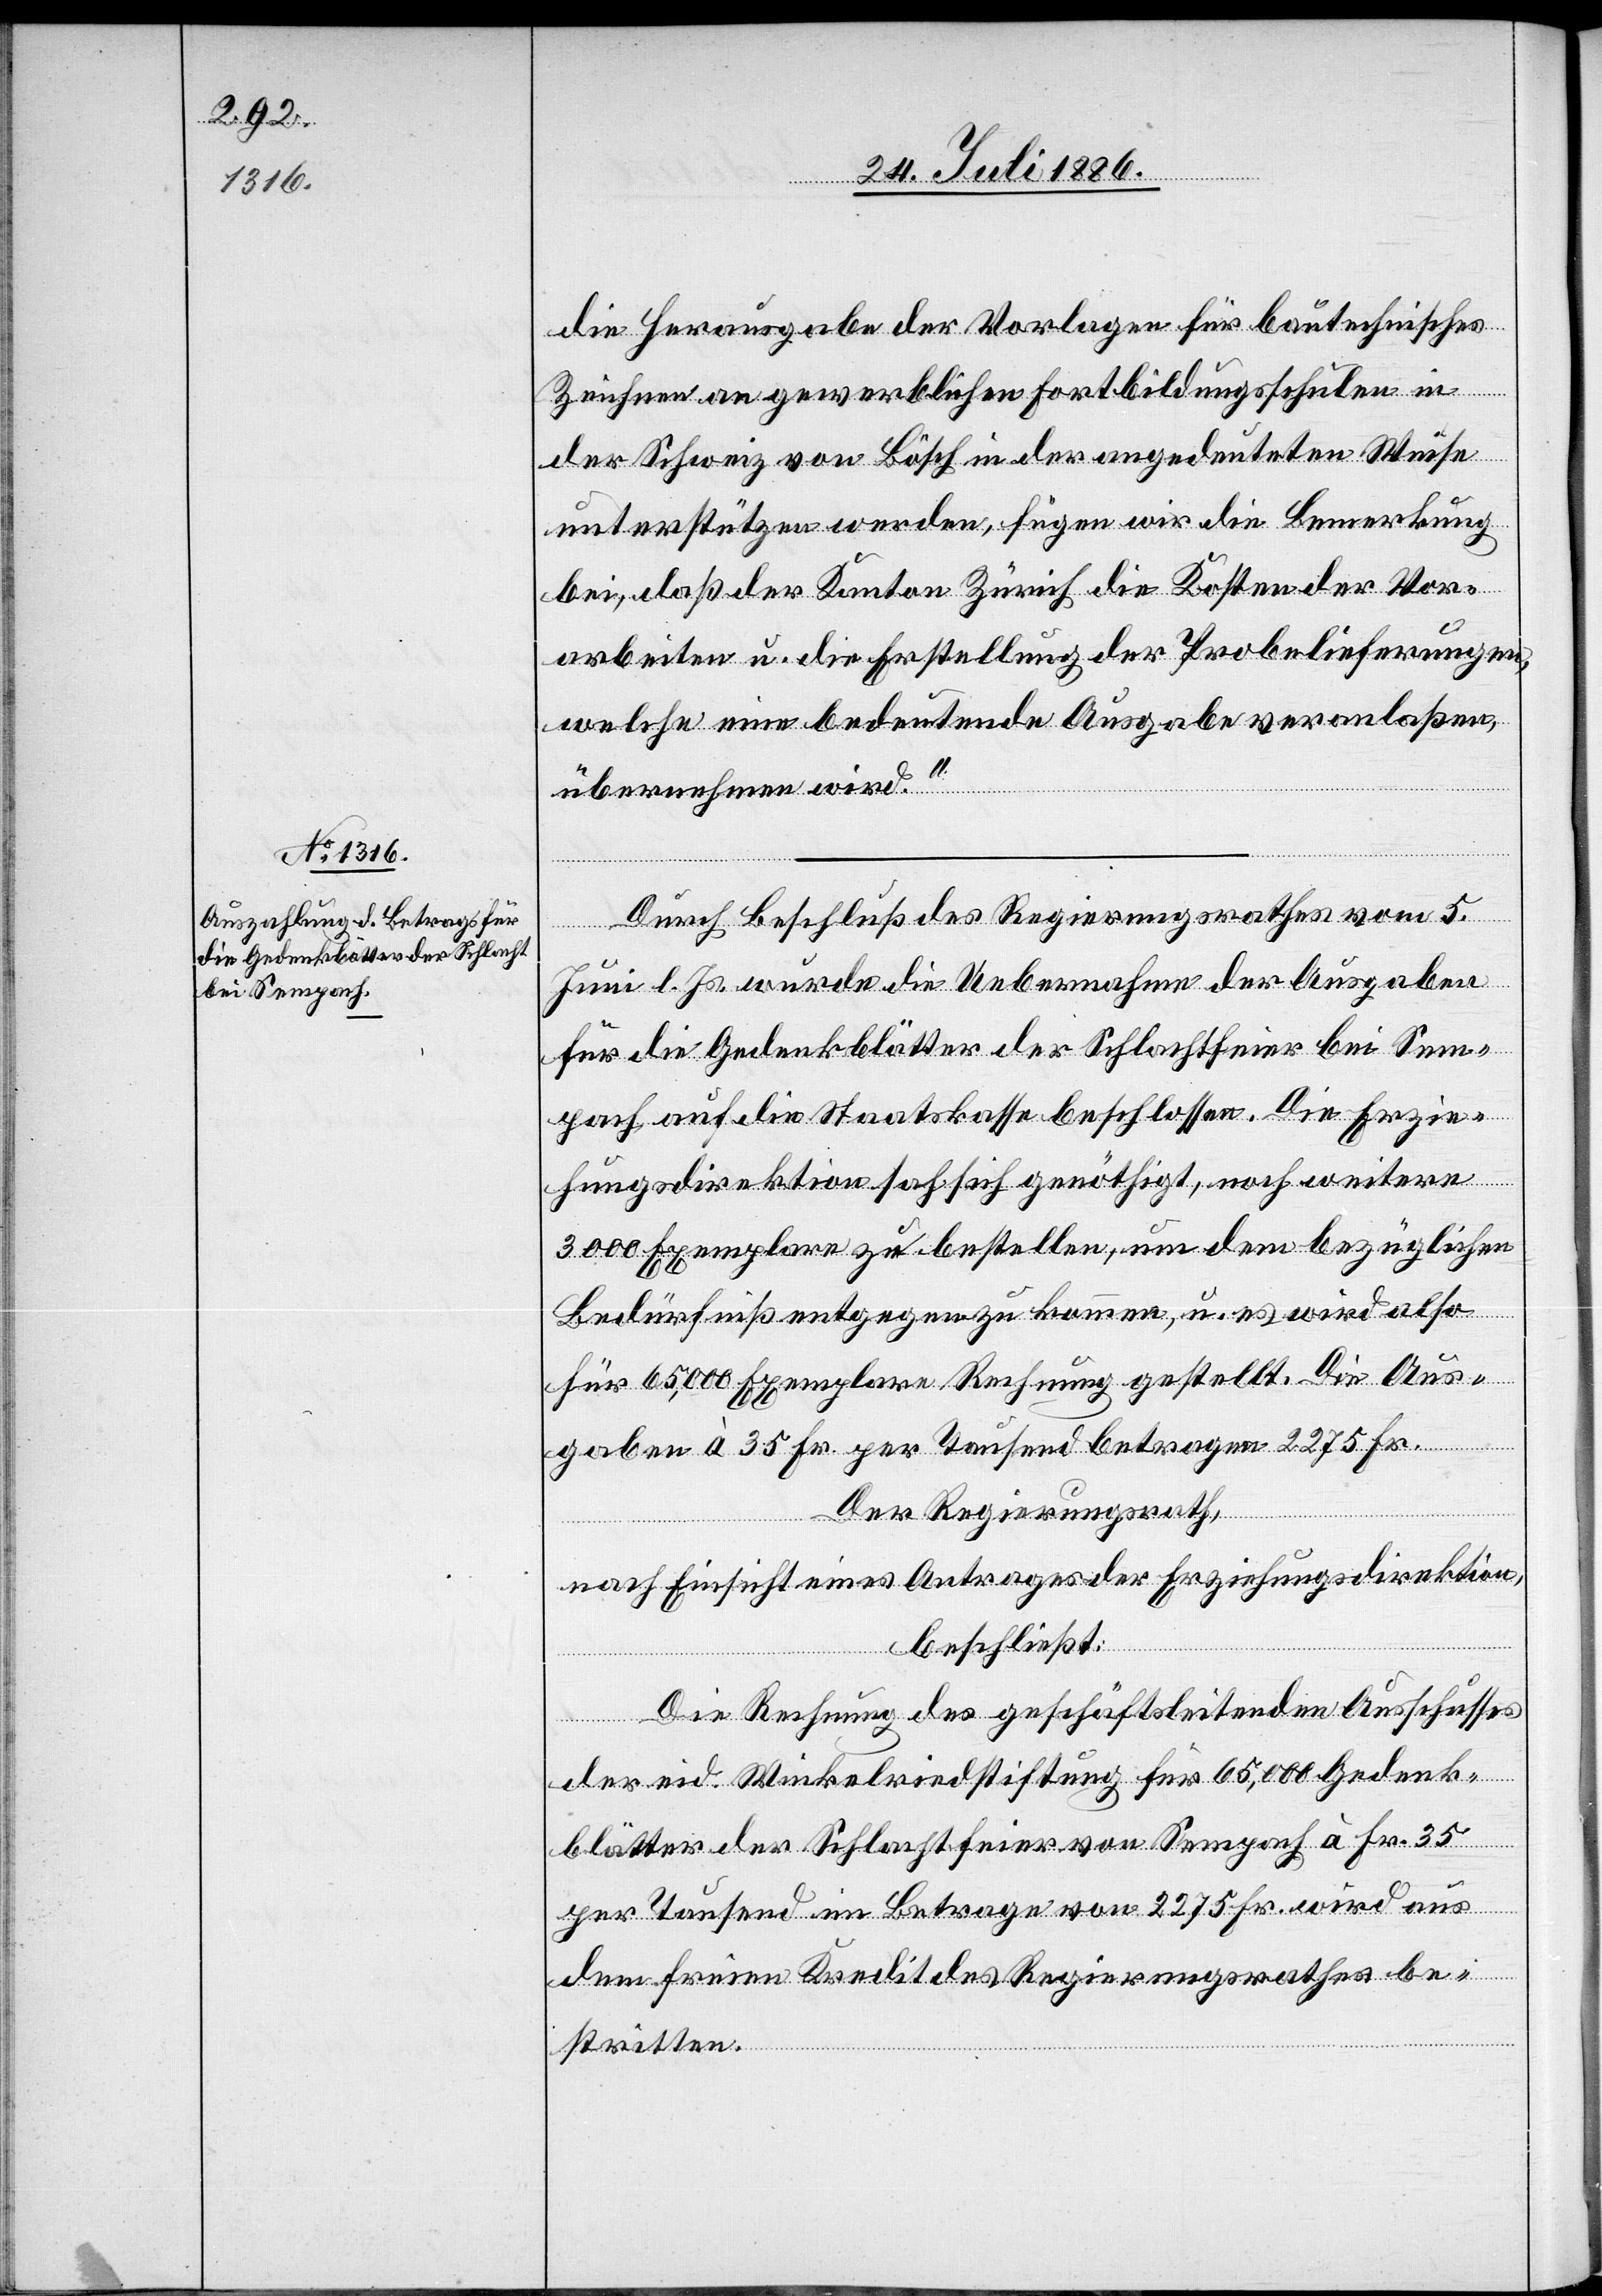
die Herausgabe der Vorlagen für bautechnisches
Zeichnen an gewerblichen Fortbildungsschulen in
der Schweiz von Bösch in der angedeuteten Weise
unterstützen werden, fügen wir die Bemerkung
bei, daß der Kanton Zürich die Kosten der Vor¬
arbeiten u. die Erstellung der Probelieferungen,
welche eine bedeutende Ausgabe veranlaßen,
übernehmen wird.“
Durch Beschluß des Regierungsrathes vom 5.
Juni l. Js. wurde die Uebernahme der Ausgaben
für die Gedenkblätter der Schlachtfeier bei Sem¬
pach auf die Staatskasse beschlossen. Die Erzie¬
hungsdirektion sah sich genöthigt, noch weitere
3000 Exemplare zu bestellen, um dem bezüglichen
Bedürfniß entgegen zu kommen, u. es wird also
für 65,000 Exemplare Rechnung gestellt. Die Aus¬
gaben à 35 Fr. per Tausend betragen 2275 Fr.
Der Regierungsrath,
nach Einsicht eines Antrages der Erziehungsdirektion,
beschließt:
Die Rechnung des geschäftsleitenden Ausschusses
der eid. Winkelriedstiftung für 65,000 Gedenk¬
blätter der Schlachtfeier von Sempach à Fr. 35
per Tausend im Betrage von 2275 Fr. wird aus
dem freien Kredit des Regierungsrathes be¬
stritten.